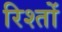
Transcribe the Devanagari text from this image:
रिश्‍तों